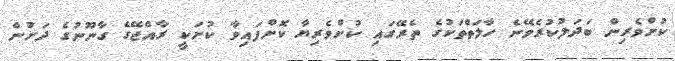
ކުށްވެރިން ބަދަލުކުރެވޭނެ ހާލަތްތަކުގެ ތެރޭގައި ކުށްވެރިޔާ ކޮށްފައިވާ ކުށަކީ ރާއްޖޭގެ ގާނޫނުގެ ދަށުން